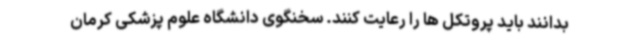
بدانند باید پروتکل ها را رعایت کنند. سخنگوی دانشگاه علوم پزشکی کرمان